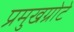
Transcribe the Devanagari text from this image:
प्रमुखग्रोटे